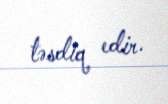
təsdiq edir.